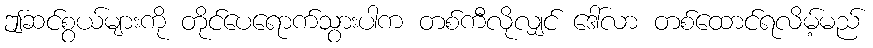
ဤဆင်စွယ်များကို တိုင်ပေရောက်သွားပါက တစ်ကီလိုလျှင် ဒေါ်လာ တစ်ထောင်ရလိမ့်မည်